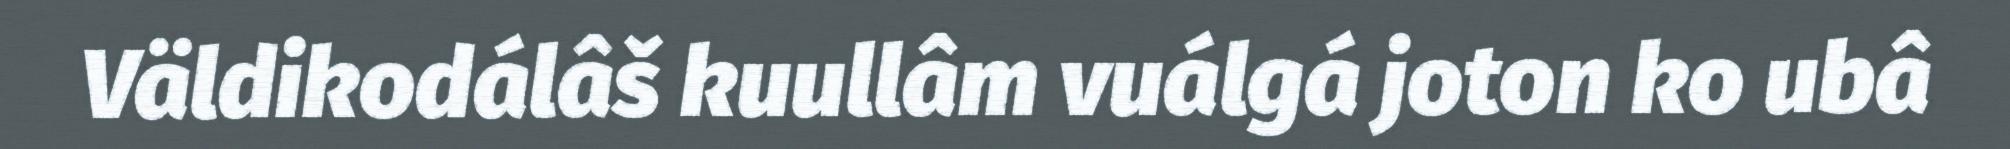
Väldikodálâš kuullâm vuálgá joton ko ubâ